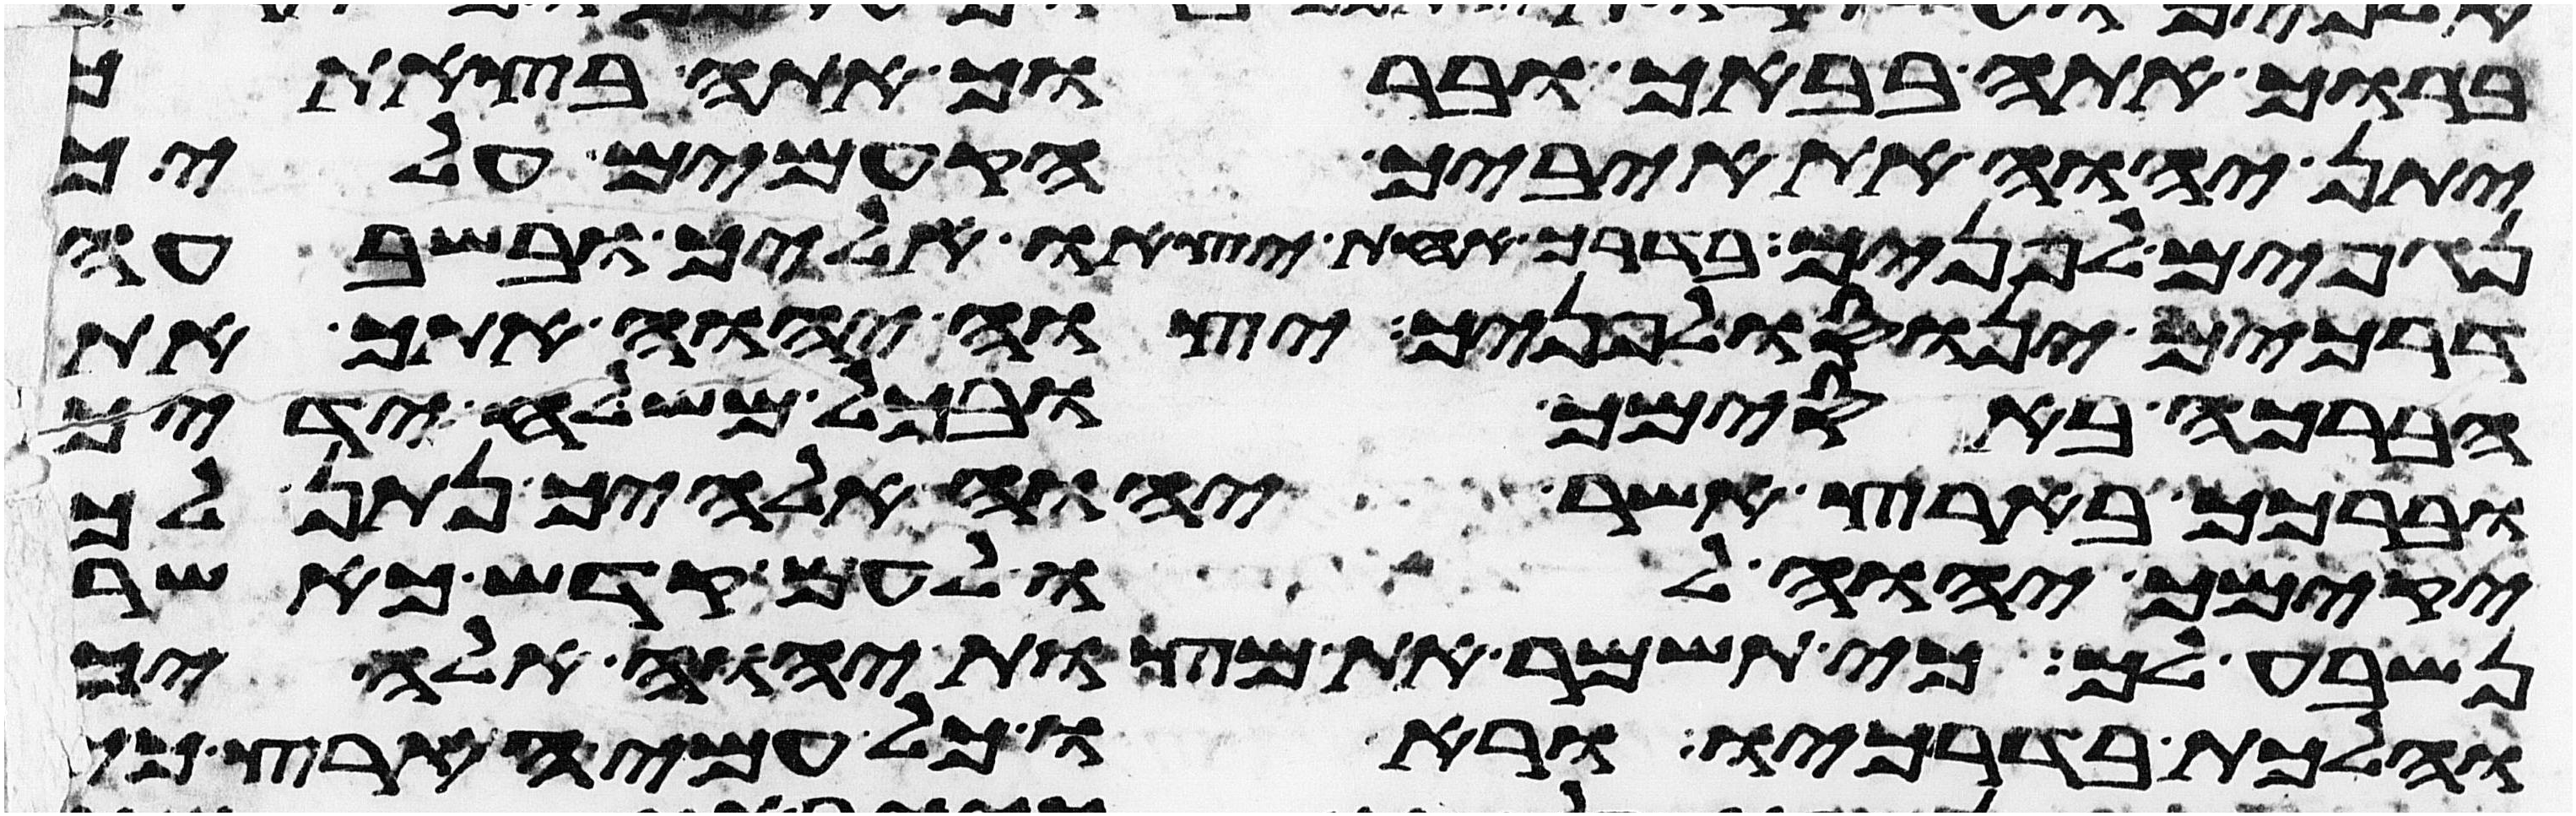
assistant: ברוך אתה בבאך וברוך אתה בצאתך
יתן יהוה את איביך הקמים עליך
נגפים לפניך בדרך אחת יצאו אליך ובשבעה
דרכים ינוסו לפניך יצוה יהוה אתך את
הברכה באסימך ובכל משלח ידיך
וברכך בארץ אשר יהוה אלהיך נתן לך
יקימך יהוה לו לעם קדש כאשר
נשבע לך כי תשמר את מצות יהוה אלהיך
והלכת בדרכיו וראו כל עמי הארץ כי